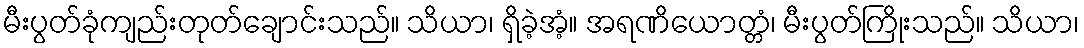
မီးပွတ်ခုံကျည်းတုတ်ချောင်းသည်။ သိယာ၊ ရှိခဲ့အံ့။ အရဏိယောတ္တံ၊ မီးပွတ်ကြိုးသည်။ သိယာ၊